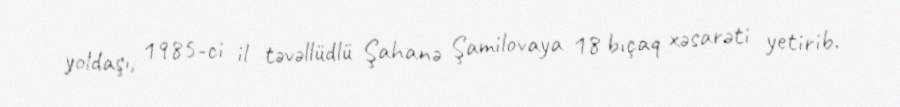
yoldaşı, 1985-ci il təvəllüdlü Şahanə Şamilovaya 18 bıçaq xəsarəti yetirib.